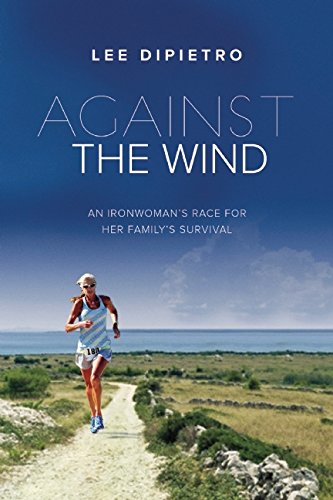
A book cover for Against the Wind: An IronwomanEEs Race for Her FamilyEEs Survival; Lee DiPietro; Health, Fitness & Dieting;